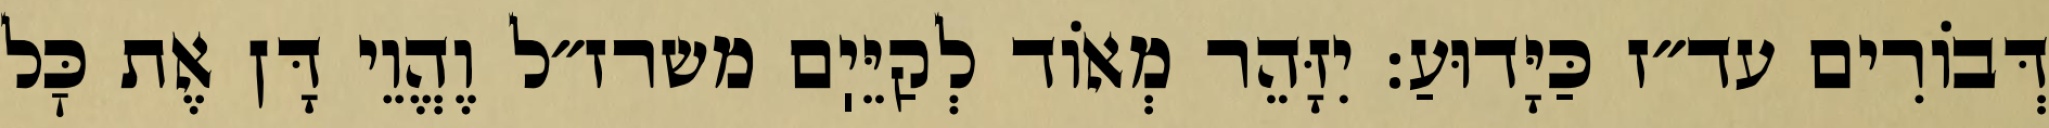
דְּבוֹרִים עד״ז כַּיָּדוּעַ: יִזָּהֵר מְאוֹד לְקַיֵּיֽם משרז״ל וֶהֱוֵי דָּן אֶת כׇּל